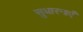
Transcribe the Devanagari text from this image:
सुधारनाएँ